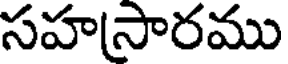
సహసారము